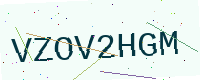
Text: VZOV2HGM